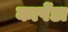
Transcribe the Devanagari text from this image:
कापेंडा